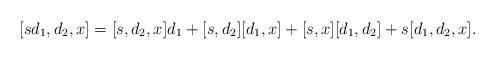
LaTeX: \begin{align*}[ s d_1, d_2, x] = [s, d_2, x] d_1 + [s, d_2] [d_1, x] + [s, x] [d_1, d_2] + s [d_1, d_2, x].\end{align*}